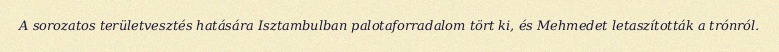
A sorozatos területvesztés hatására Isztambulban palotaforradalom tört ki, és Mehmedet letaszították a trónról.